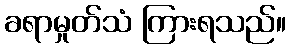
ခရာမှုတ်သံ ကြားရသည်။